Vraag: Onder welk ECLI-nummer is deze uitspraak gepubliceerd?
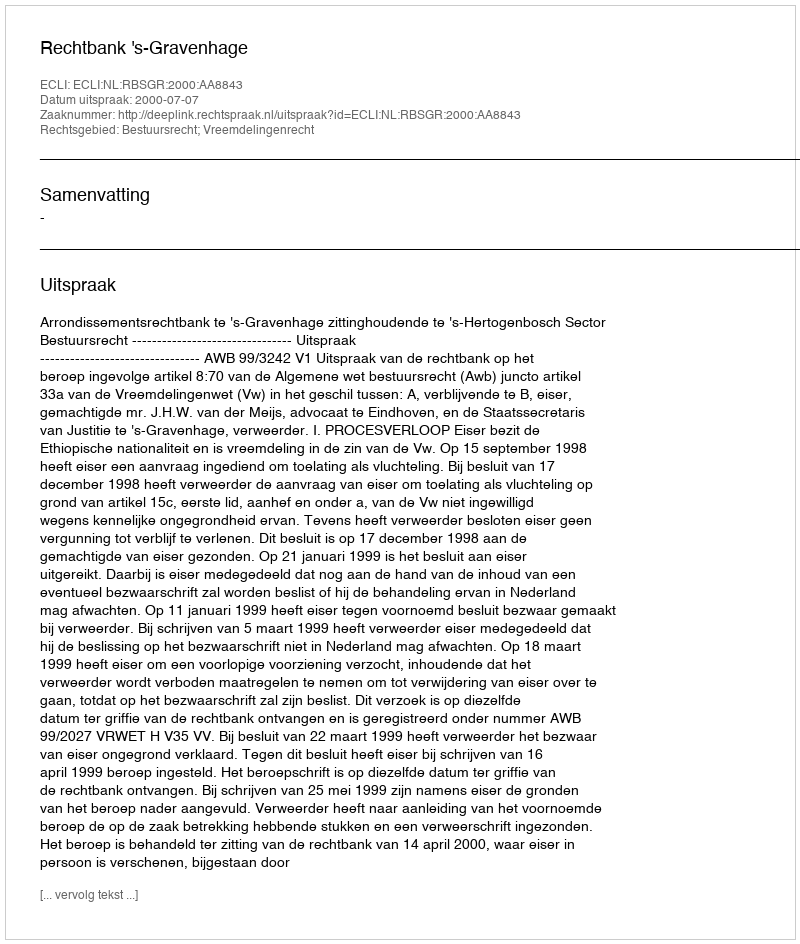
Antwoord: ECLI:NL:RBSGR:2000:AA8843